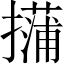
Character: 𱠿